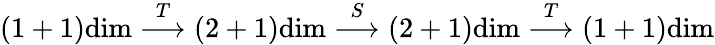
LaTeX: (1+1)\mathrm{dim}\stackrel{T}{\longrightarrow}(2+1)\mathrm{dim}\stackrel{S}{\longrightarrow}(2+1)\mathrm{dim}\stackrel{T}{\longrightarrow}(1+1)\mathrm{dim}